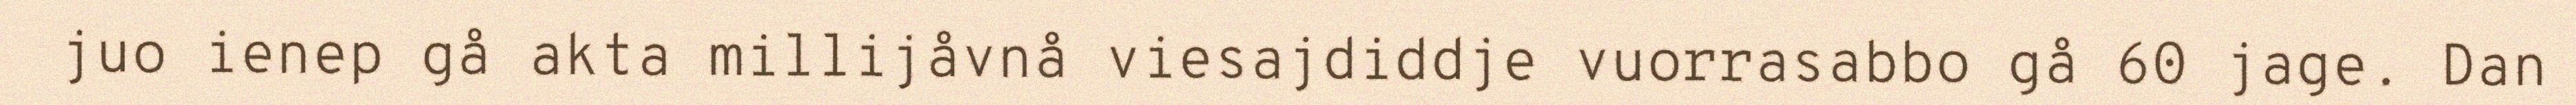
juo ienep gå akta millijåvnå viesajdiddje vuorrasabbo gå 60 jage. Dan